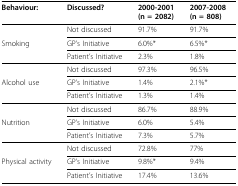
| Behaviour: | Discussed? | 2000-2001 (n = 2082) | 2007-2008 (n = 808) |
 | --- | --- | --- | --- |
 |  | Not discussed | 91.7% | 91.7% |
 | Smoking | GP's Initiative | 6.0%* | 6.5%* |
 |  | Patient's Initiative | 2.3% | 1.8% |
 |  | Not discussed | 97.3% | 96.5% |
 | Alcohol use | GP's Initiative | 1.4% | 2.1%* |
 |  | Patient's Initiative | 1.3% | 1.4% |
 |  | Not discussed | 86.7% | 88.9% |
 | Nutrition | GP's Initiative | 6.0% | 5.4% |
 |  | Patient's Initiative | 7.3% | 5.7% |
 |  | Not discussed | 72.8% | 77% |
 | Physical activity | GP's Initiative | 9.8%* | 9.4% |
 |  | Patient's Initiative | 17.4% | 13.6% |